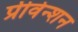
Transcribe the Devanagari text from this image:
प्रीवेन्शन